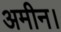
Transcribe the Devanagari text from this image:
अमीन।